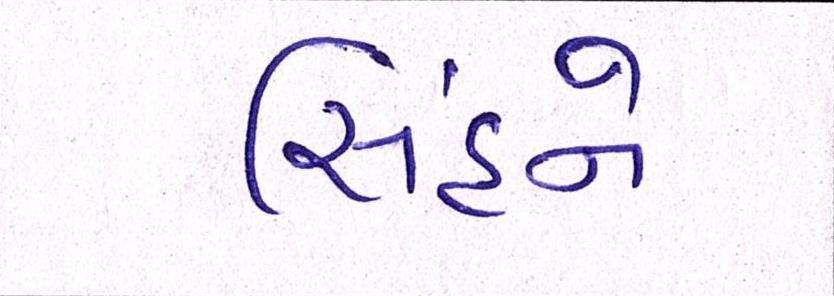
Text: સિંહને